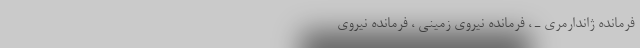
فرمانده‌ ژاندارمری‌ ـ ‌، فرمانده‌ نیروی‌ زمینی‌ ‌، فرمانده‌ نیروی‌